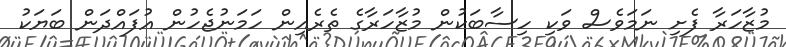
މުޒާހަރާ ފެށި ނަމަވެސް ވަކި ހިސާބަކުން މުޒާހަރާގެ ތެރެއިން ހަމަނުޖެހުން އުފައްދަން ބަޔަކު